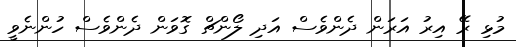
މުޅި ރޭ އިރު އަރަން ދެންވެސް އަދި ލޯންޗް ގޮވަން ދެންވެސް ހުންނެވީ